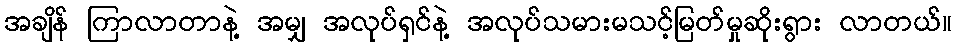
အချိန် ကြာလာတာနဲ့ အမျှ အလုပ်ရှင်နဲ့ အလုပ်သမားမသင့်မြတ်မှုဆိုးရွား လာတယ်။